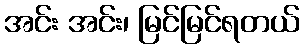
အင်း အင်း၊ မြင်မြင်ရတယ်